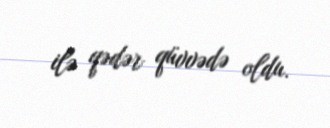
ilə qədər qüvvədə oldu.